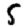
Digit: 5